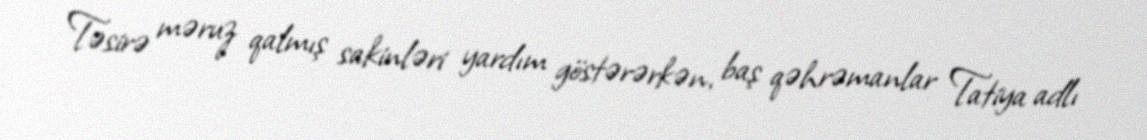
Təsirə məruz qalmış sakinləri yardım göstərərkən, baş qəhrəmanlar Tatiya adlı